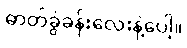
ဓာတ်ခွဲခန်းလေးနဲ့ပေါ့။